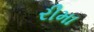
રીમા